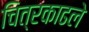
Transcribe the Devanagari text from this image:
चित्रकाढले